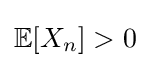
\mathbb {E} [X_{n}]>0